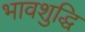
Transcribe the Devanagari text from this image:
भावशुद्धि